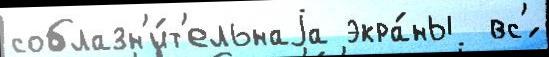
соблазн'и́т'ельнаjа экра́ны  вс'́